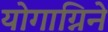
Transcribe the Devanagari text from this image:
योगाग्निने